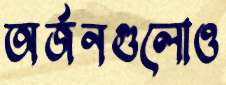
অর্জনগুলোও